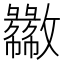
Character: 𫿦